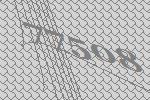
77508